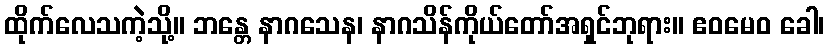
ထိုက်လေသကဲ့သို့။ ဘန္တေ နာဂသေန၊ နာဂသိန်ကိုယ်တော်အရှင်ဘုရား။ ဧဝမေဝ ခေါ၊